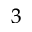
_ 3